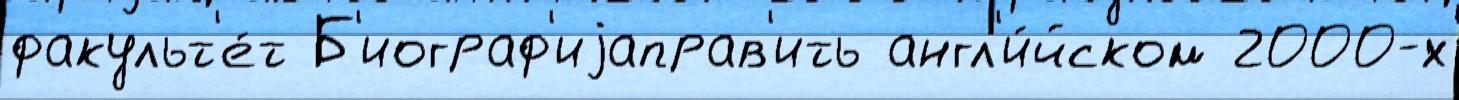
факульт'е́т Б'иограф'иjаправ'ить англ'и́йском 2000-х